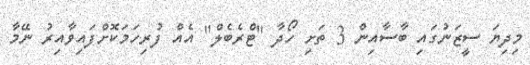
މިދިޔަ ސީޒަނުގައި ބާސާއިން 3 ތަށި ހޯދާ "ޓްރެބެލް" އެއް ފުރިހަމަކޮށްފައިވާއިރު ނޭމާ